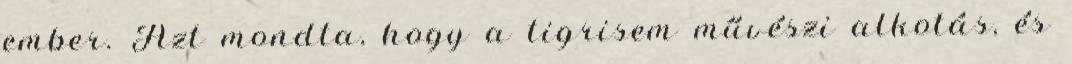
ember. Azt mondta, hogy a tigrisem művészi alkotás, és